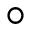
\circ